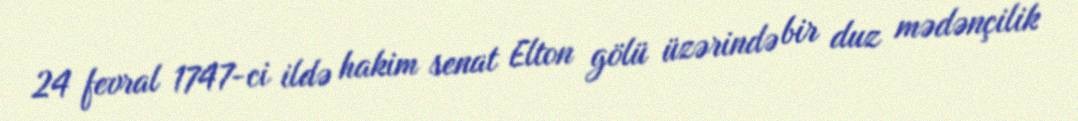
24 fevral 1747-ci ildə hakim senat Elton gölü üzərində bir duz mədənçilik